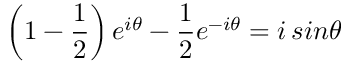
\left( 1 - { \frac { 1 } { 2 } } \right) e ^ { i \theta } - { \frac { 1 } { 2 } } e ^ { - i \theta } = i \, s i n \theta